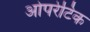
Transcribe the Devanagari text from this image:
ओपरेटिक